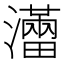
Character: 𤃐